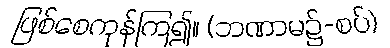
ဖြစ်စေကုန်ကြ၍။ (ဘဏာမ၌-စပ်)